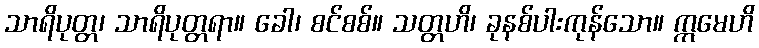
သာရိပုတ္တ၊ သာရိပုတ္တရာ။ ခေါ၊ စင်စစ်။ သတ္တဟိ၊ ခုနစ်ပါးကုန်သော။ ဣမေဟိ